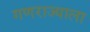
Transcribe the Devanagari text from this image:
गणराज्याला